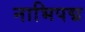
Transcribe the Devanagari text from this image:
नाभिपद्म